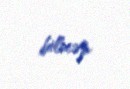
bilməz.